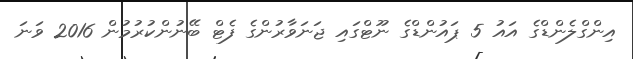
އިންގްލެންޑްގެ އައު 5 ޕައުންޑްގެ ނޫޓްގައި ޖަނަވާރުންގެ ފެޓް ބޭނުންކުރުމުން 2016 ވަނަ